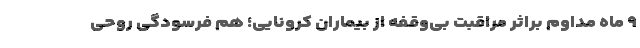
۹ ماه مداوم براثر مراقبت بی‌وقفه از بیماران کرونایی؛ هم فرسودگی روحی